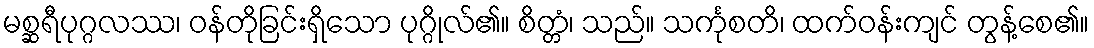
မစ္ဆရီပုဂ္ဂလဿ၊ ဝန်တိုခြင်းရှိသော ပုဂ္ဂိုလ်၏။ စိတ္တံ၊ သည်။ သင်္ကုစတိ၊ ထက်ဝန်းကျင် တွန့်စေ၏။